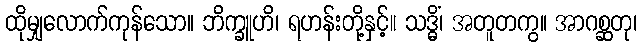
ထိုမျှလောက်ကုန်သော။ ဘိက္ခူဟိ၊ ရဟန်းတို့နှင့်။ သဒ္ဓိံ၊ အတူတကွ။ အာဂစ္ဆတု၊